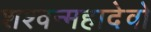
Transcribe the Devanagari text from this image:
शश्वन्महादेवो